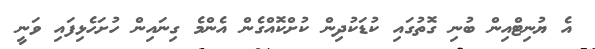
އެ ޔުނިޓްއިން ބުނި ގޮތުގައި ކުޑަކުދިން ކުށްކޮއްގެން އެންމެ ގިނައިން ހުށަހެޅިފައި ވަނީ